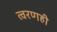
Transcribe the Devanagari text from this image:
त्वरणही